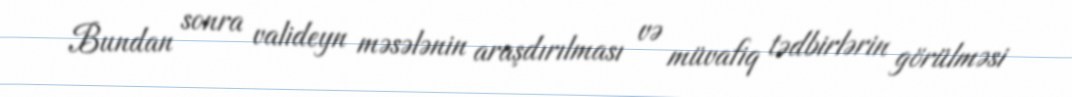
Bundan sonra valideyn məsələnin araşdırılması və müvafiq tədbirlərin görülməsi